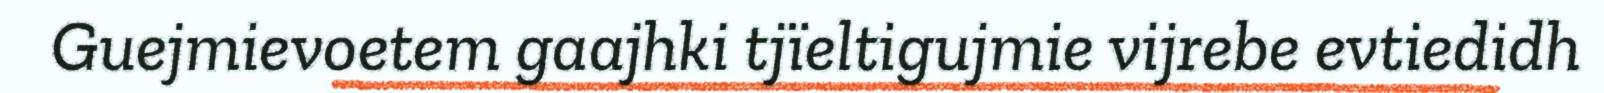
Guejmievoetem gaajhki tjïeltigujmie vijrebe evtiedidh